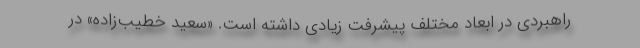
راهبردی در ابعاد مختلف پیشرفت زیادی داشته است. «سعید خطیب‌زاده» در